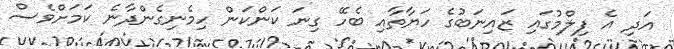
އަދި އެ ފިލްމުގައި ޒައިނަބުގެ ހަޔާތާއި ބެހޭ ގިނަ ކަންކަން ހިމެނިގެންދާނެ ކަމަށްވެސް